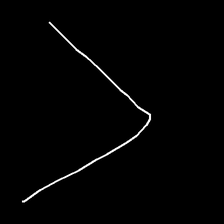
Glyph: region